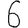
Digit: 6